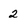
Character: 2